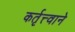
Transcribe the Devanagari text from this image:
कर्तृत्त्वाने